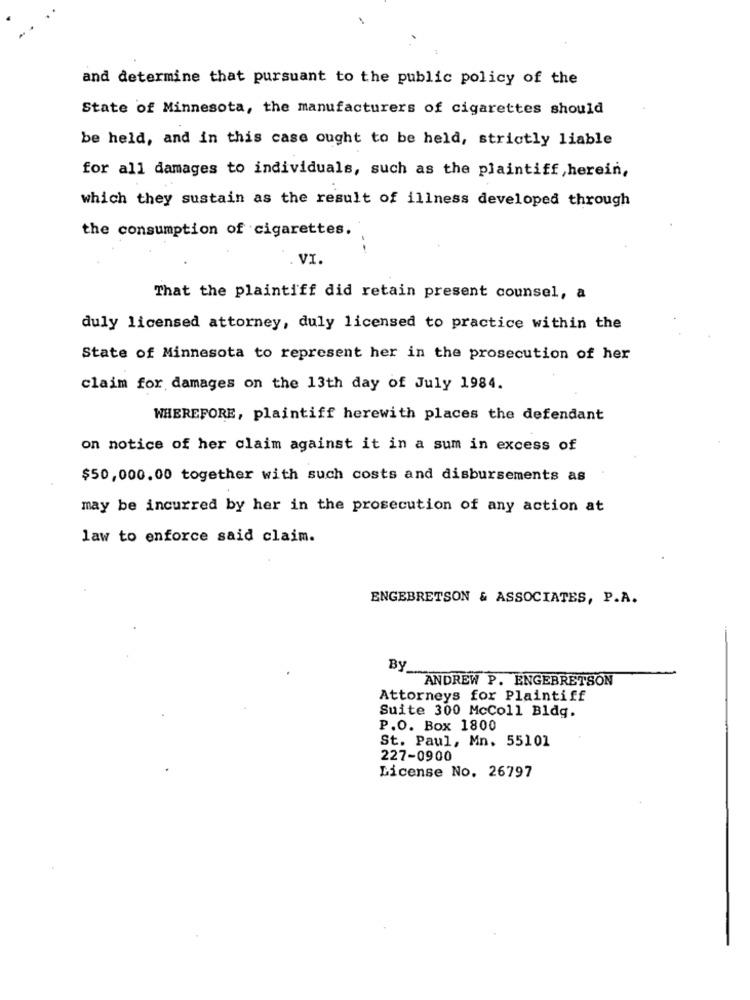
and determine that pursuant to the public policy of the
State of Minnesota, the manufacturers of cigarettes should
be held, and in this case ought to be held, strictly liable
for all damages to individuals, such as the plaintiff ,herein,
which they sustain as the result of illness developed through
the consumption of cigarettes.
--
VI.
That the plaintiff did retain present counsel, a
duly licensed attorney, duly licensed to practice within the
State of Minnesota to represent her in the prosecution of her
claim for damages on the 13th day of July 1984.
WHEREFORE, plaintiff herewith places the defendant
on notice of her claim against it in a sum in excess of
$50,000.00 together with such costs and disbursements as
may be incurred by her in the prosecution of any action at
law to enforce said claim.
ENGEBRETSON & ASSOCIATES, P.A.
By
ANDREW P. ENGEBRETSON
Attorneys for Plaintiff
Suite 300 McColl Bldg.
P.O. Box 1800
St. Paul, Mn. 55101
227-0900
License No. 26797